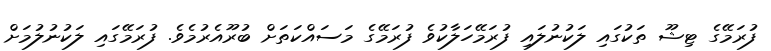
ފުރަމޭގެ ޓިޝޫ ތަކުގައި ލަކުނުލައި ފުރަމޭހަލާކުވެ ފުރަމޭގެ މަސައްކަތަށް ބުރޫއެރުމެވެ. ފުރަމޭގައި ލަކުނުލުމަށް